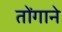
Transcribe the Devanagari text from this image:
तोंगाने